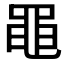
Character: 黽